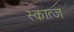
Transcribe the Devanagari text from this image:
स्कात्ज